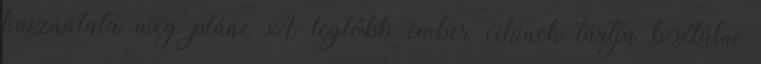
használata meg pláne A legtöbb ember cikinek tartja besétálni